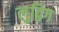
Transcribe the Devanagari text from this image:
लुद्विग